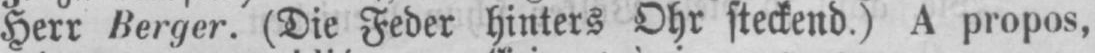
Herr Berger. (Die Feder hinters Ohr steckend.) A propos,